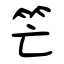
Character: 笀